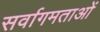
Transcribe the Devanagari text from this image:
सर्वागमताओं